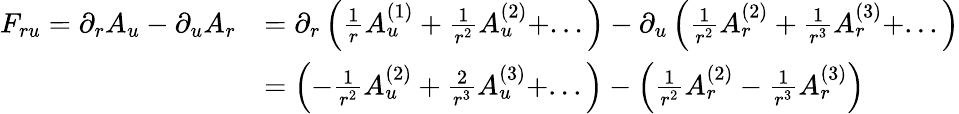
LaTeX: \begin{array}{rl}{F_{ru}=\partial_{r}A_{u}-\partial_{u}A_{r}}&{=\partial_{r}\left(\frac{1}{r}A_{u}^{(1)}+\frac{1}{r^{2}}A_{u}^{(2)}+...\right)-\partial_{u}\left(\frac{1}{r^{2}}A_{r}^{(2)}+\frac{1}{r^{3}}A_{r}^{(3)}+...\right)}\\ &{=\left(-\frac{1}{r^{2}}A_{u}^{(2)}+\frac{2}{r^{3}}A_{u}^{(3)}+...\right)-\left(\frac{1}{r^{2}}A_{r}^{(2)}-\frac{1}{r^{3}}A_{r}^{(3)}\right)}\end{array}